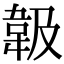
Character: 𩎕